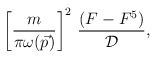
\begin{align*}\left[ \frac{m}{\pi \omega(\vec{p})}\right]^2\,\frac{\left(F - F^5\right)}{{\cal D}},\end{align*}